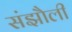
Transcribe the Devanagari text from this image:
संझौली